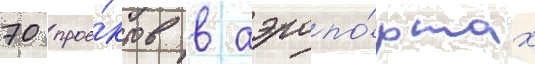
70 прое́ктов в аэропо́ртах